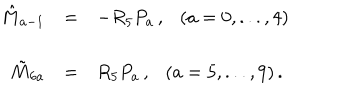
\begin{array} { r c l } { { \hat { M } _ { a - 1 } } } & { { = } } & { { - R _ { 5 } P _ { a } \, , \ \ \ ( a = 0 , . . . , 4 ) } } \\ { { \tilde { M } _ { 6 a } } } & { { = } } & { { R _ { 5 } P _ { a } \, , \ \ \ ( a = 5 , . . . , 9 ) \, . } } \\ \end{array}